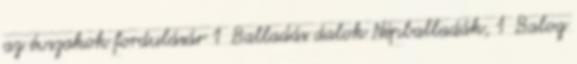
az évszakok fordulásár 1 Balladás dalok Népballadák, 1 Balog